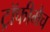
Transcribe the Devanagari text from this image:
ट्रॉफीमैच